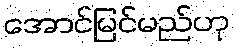
အောင်မြင်မည်ဟု